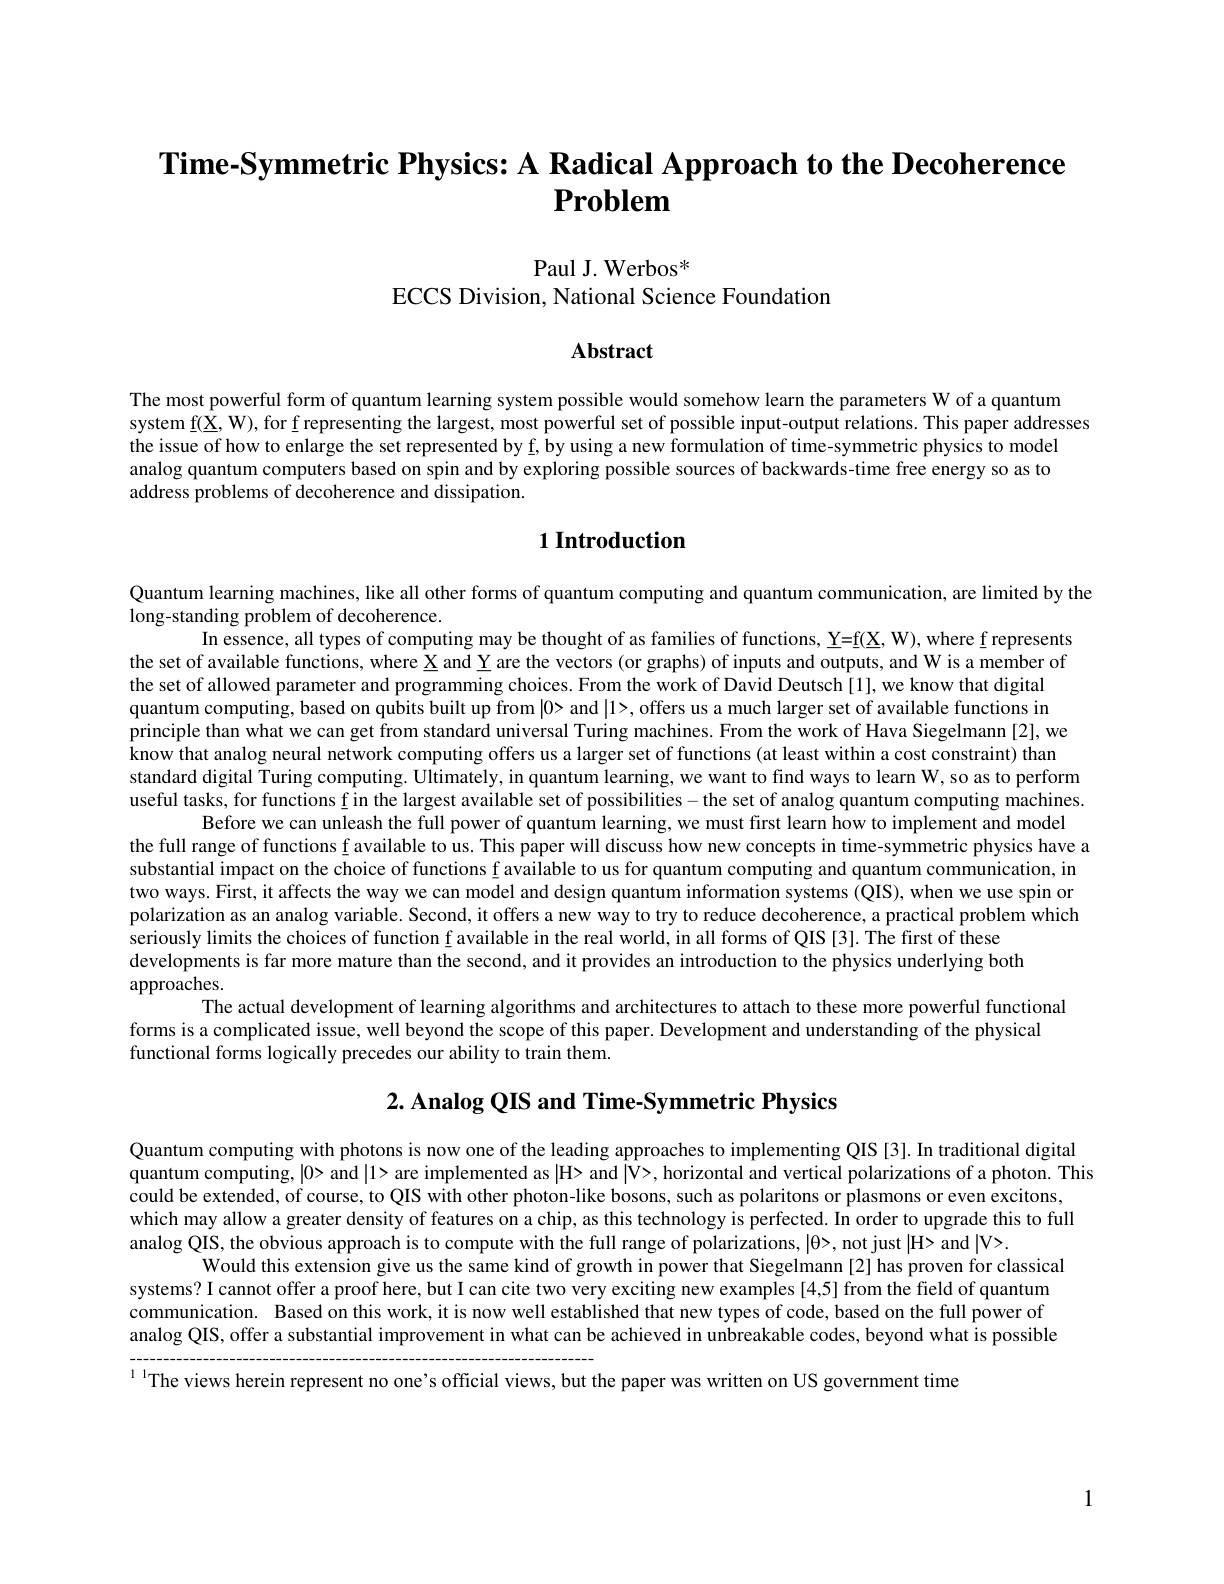
# Time-Symmetric Physics: A Radical Approach to the Decoherence $\textbf{Problem}$

$\mathrm{Paul~J.~Werbos}^{*}$
ECCS Division, National Science Foundation

Abstract

The most powerful form of quantum learning system possible would somehow learn the parameters W of a quantum
system f(X, W), for f representing the largest, most powerful set of possible input-output relations. This paper addresses
the issue of how to enlarge the set represented by f, by using a new formulation of time-symmetric physics to model analog quantum computers based on spin and by exploring possible sources of backwards-time free energy so as to address problems of decoherence and dissipation.

# 1 Introduction

Quantum learning machines, like all other forms of quantum computing and quantum communication, are limited by the

long-standing problem of decoherence.
In essence, all types of computing may be thought of as families of functions, Y=f(X, W), where f represents
the set of available functions, where $\underline{\mathrm{X}}$ and Y are the vectors (or graphs) of inputs and outputs, and W is a member of
the set of allowed parameter and programming choices. From the work of David Deutsch[1], we know that digital quantum computing, based on qubits built up from |0> and |1>, offers us a much larger set of available functions in principle than what we can get from standard universal Turing machines. From the work of Hava Siegelmann [2], we know that analog neural network computing offers us a larger set of functions (at least within a cost constraint) than standard digital Turing computing. Ultimately, in quantum learning, we want to find ways to learn W, so as to perform useful tasks, for functions f in the largest available set of possibilities- the set of analog quantum computing machines.
Before we can unleash the full power of quantum learning, we must first learn how to implement and model
the full range of functions f available to us. This paper will discuss how new concepts in time-symmetric physics have a substantial impact on the choice of functions f available to us for quantum computing and quantum communication, in two ways. First, it affects the way we can model and design quantum information systems (QIS), when we use spin or polarization as an analog variable. Second, it offers a new way to try to reduce decoherence, a practical problem which seriously limits the choices of function f available in the real world, in all forms of QIS [3]. The first of these
developments is far more mature than the second, and it provides an introduction to the physics underlying both
approaches.

The actual development of learning algorithms and architectures to attach to these more powerful functional
forms is a complicated issue, well beyond the scope of this paper. Development and understanding of the physical
functional forms logically precedes our ability to train them.

$2. \textbf{Analog QIS and Time- Symmetric Physics}$

Quantum computing with photons is now one of the leading approaches to implementing QIS [3]. In traditional digital
quantum computing, |0> and ||1> are implemented as |H> and |V>, horizontal and vertical polarizations of a photon. This
could be extended, of course, to QIS with other photon-like bosons, such as polaritons or plasmons or even excitons, which may allow a greater density of features on a chip, as this technology is perfected. In order to upgrade this to full analog QIS, the obvious approach is to compute with the full range of polarizations, $|\theta>$, not just |H> and|V>.
Would this extension give us the same kind of growth in power that Siegelmann [2] has proven for classical
systems? I cannot offer a proof here, but I can cite two very exciting new examples [4,5] from the field of quantum communication. Based on this work, it is now well established that new types of code, based on the full power of analog QIS, offer a substantial improvement in what can be achieved in unbreakable codes, beyond what is possible

11The views herein represent no one's official views, but the paper was written on US government time

1